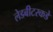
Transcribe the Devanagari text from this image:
लेडबीटरकडे